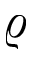
\varrho